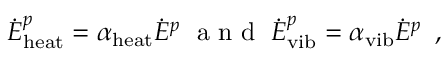
\dot { E } _ { \mathrm { h e a t } } ^ { p } = \alpha _ { \mathrm { h e a t } } \dot { E } ^ { p } \; \mathrm { ~ a ~ n ~ d ~ } \; \dot { E } _ { \mathrm { v i b } } ^ { p } = \alpha _ { \mathrm { v i b } } \dot { E } ^ { p } \, \mathrm { ~ , ~ }